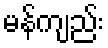
မန်ကျည်း